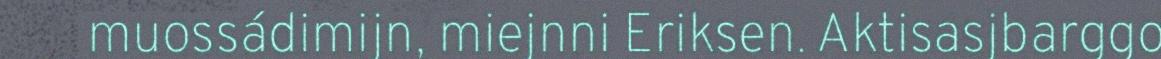
muossádimijn, miejnni Eriksen. Aktisasjbarggo